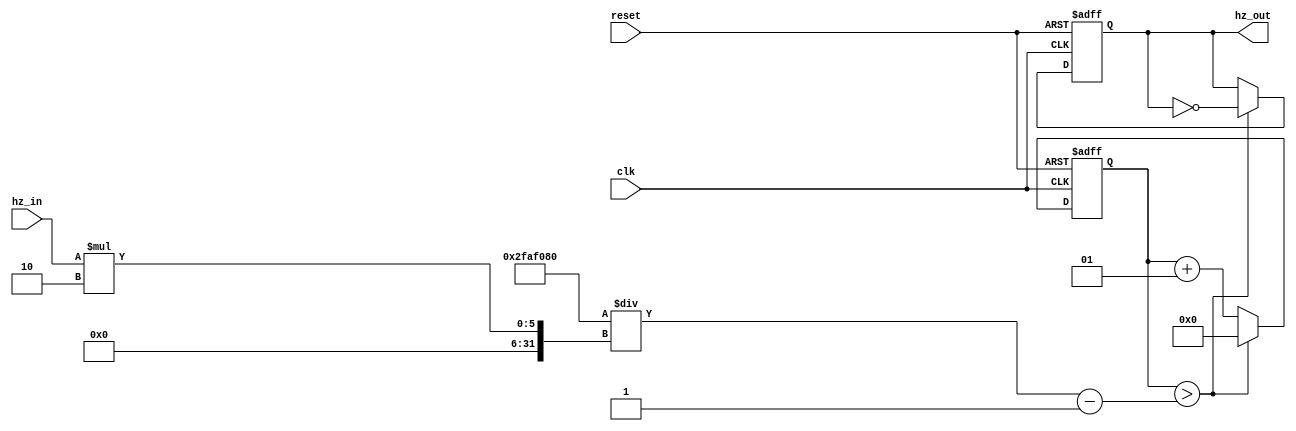
module clock_divider(clk, reset, hz_in, hz_out);
	output reg hz_out;
	input [3:0]hz_in;
	input clk,reset;
	
	integer count;

	always @(posedge clk, negedge reset)
	begin
		if(~reset) begin hz_out = 0 ; count<=0; end
		else
			begin
				if(count > 50000000/(hz_in*2)-1) begin count <= 0; hz_out <= ~hz_out; end
				else count <= count +1;
			end
	end
endmodule